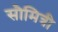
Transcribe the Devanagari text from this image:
सौमित्री